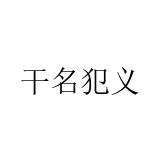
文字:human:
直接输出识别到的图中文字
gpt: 干名犯义